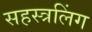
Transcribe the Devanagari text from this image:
सहस्त्रलिंग